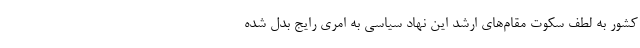
کشور به لطف سکوت مقام‌های ارشد این نهاد سیاسی به امری رایج بدل شده